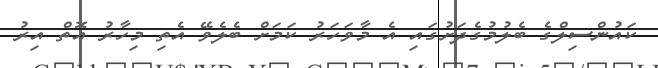
ކައުންސިލްގެ ބެލުމުގެދަށުގައި އެ މާވަހަރު ކަމަށް ބެލެވޭ އެތި މިހާރު އޮތް އިރު